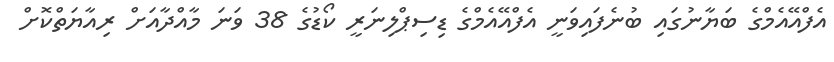
އެފްއޭއެމްގެ ބަޔާނުގައި ބުނެފައިވަނީ އެފްއޭއެމްގެ ޑިސިޕްލިނަރީ ކޯޑުގެ 38 ވަނަ މާއްދާއަށް ރިއާޔަތްކޮށް